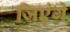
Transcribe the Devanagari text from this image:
जिएंगे